Document type: Emphyteutic lease
Year: 1276
Scribe: Pere de Roca
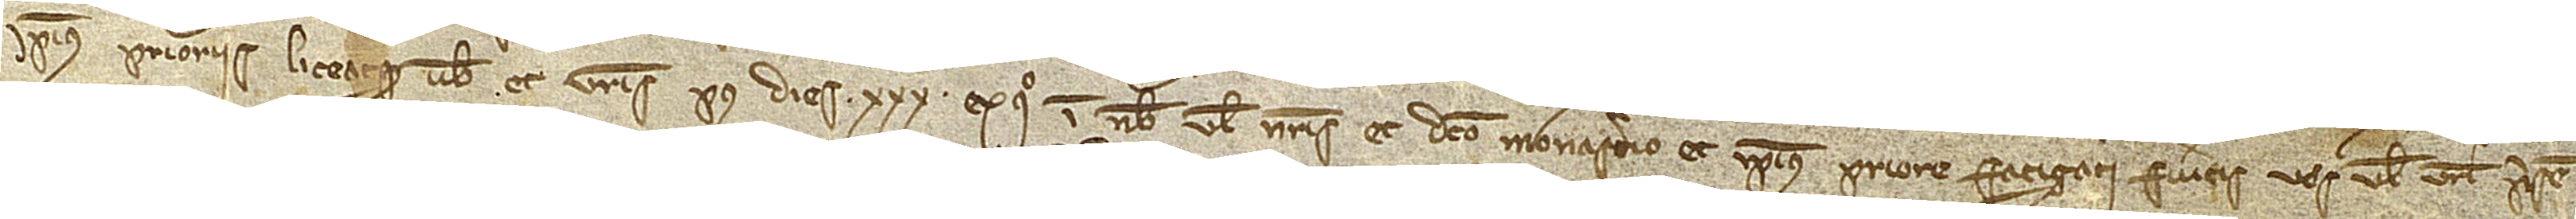
ipsius prioris. Liceatque vobis et vestris post dies XXX ex quo in nobis vel nostris et dicto monasterio et ipsius priore fatigati fueritis vos vel vestri presen-